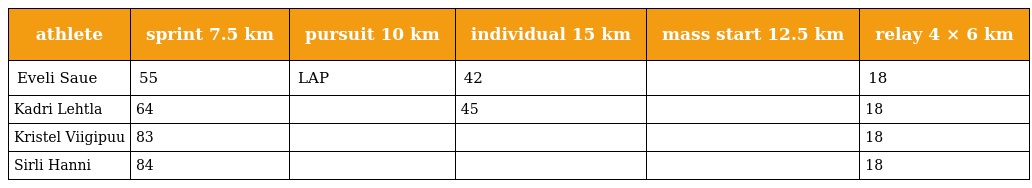
| athlete | sprint 7.5 km | pursuit 10 km | individual 15 km | mass start 12.5 km | relay 4 × 6 km |
 | --- | --- | --- | --- | --- | --- |
 | Eveli Saue | 55 | LAP | 42 |  | 18 |
 | Kadri Lehtla | 64 |  | 45 |  | 18 |
 | Kristel Viigipuu | 83 |  |  |  | 18 |
 | Sirli Hanni | 84 |  |  |  | 18 |